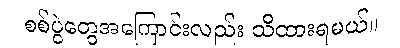
စစ်ပွဲတွေအကြောင်းလည်း သိထားရမယ်။